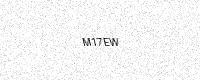
Text: M17EW